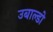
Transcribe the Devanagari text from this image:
उबाल्डो